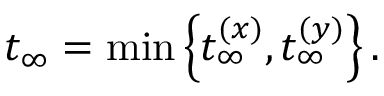
t _ { \infty } = \operatorname* { m i n } \left\lbrace t _ { \infty } ^ { ( x ) } , t _ { \infty } ^ { ( y ) } \right\rbrace .